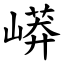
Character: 㟿